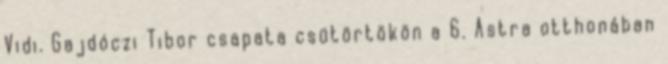
Vidi. Gajdóczi Tibor csapata csütörtökön a 6. Astra otthonában